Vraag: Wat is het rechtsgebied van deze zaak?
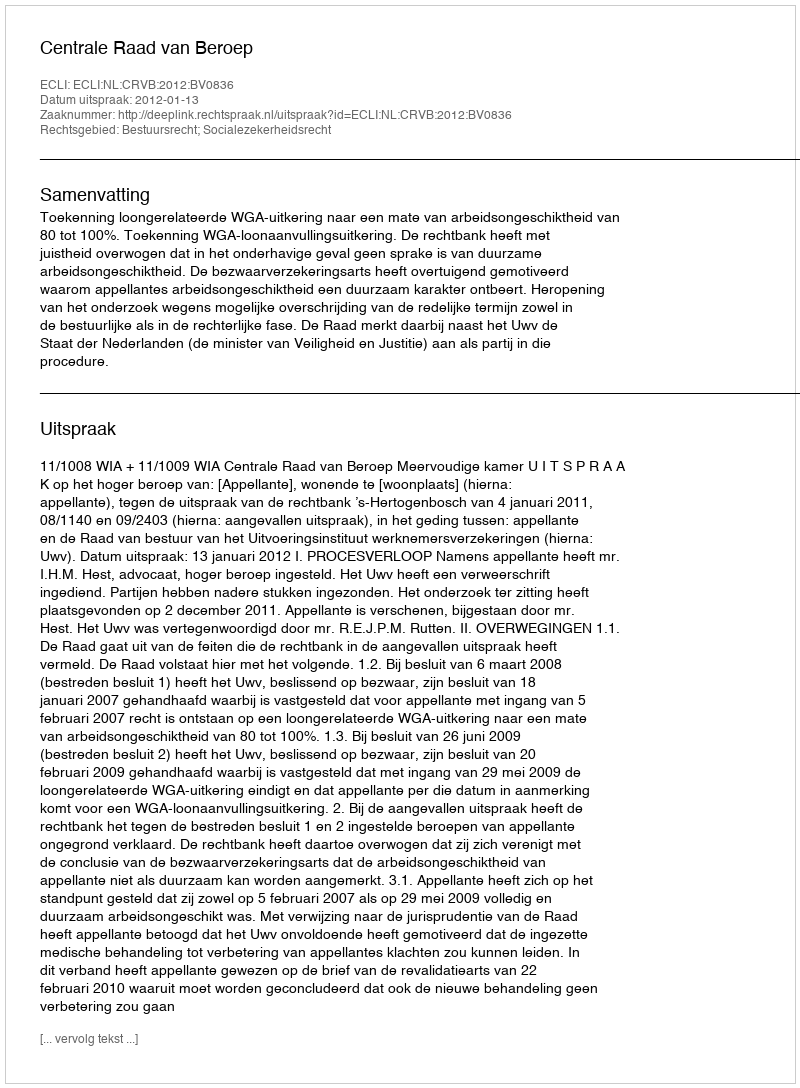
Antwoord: Bestuursrecht; Socialezekerheidsrecht